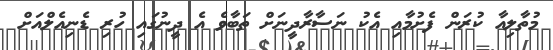
މުތާލިއާ ކުރަން ފެށުމާއި އެކު ނަސާރާދީނަށް ތަބާވެ އެ ދީނުގައި ހުރި ޑެނިއެލްއަށް